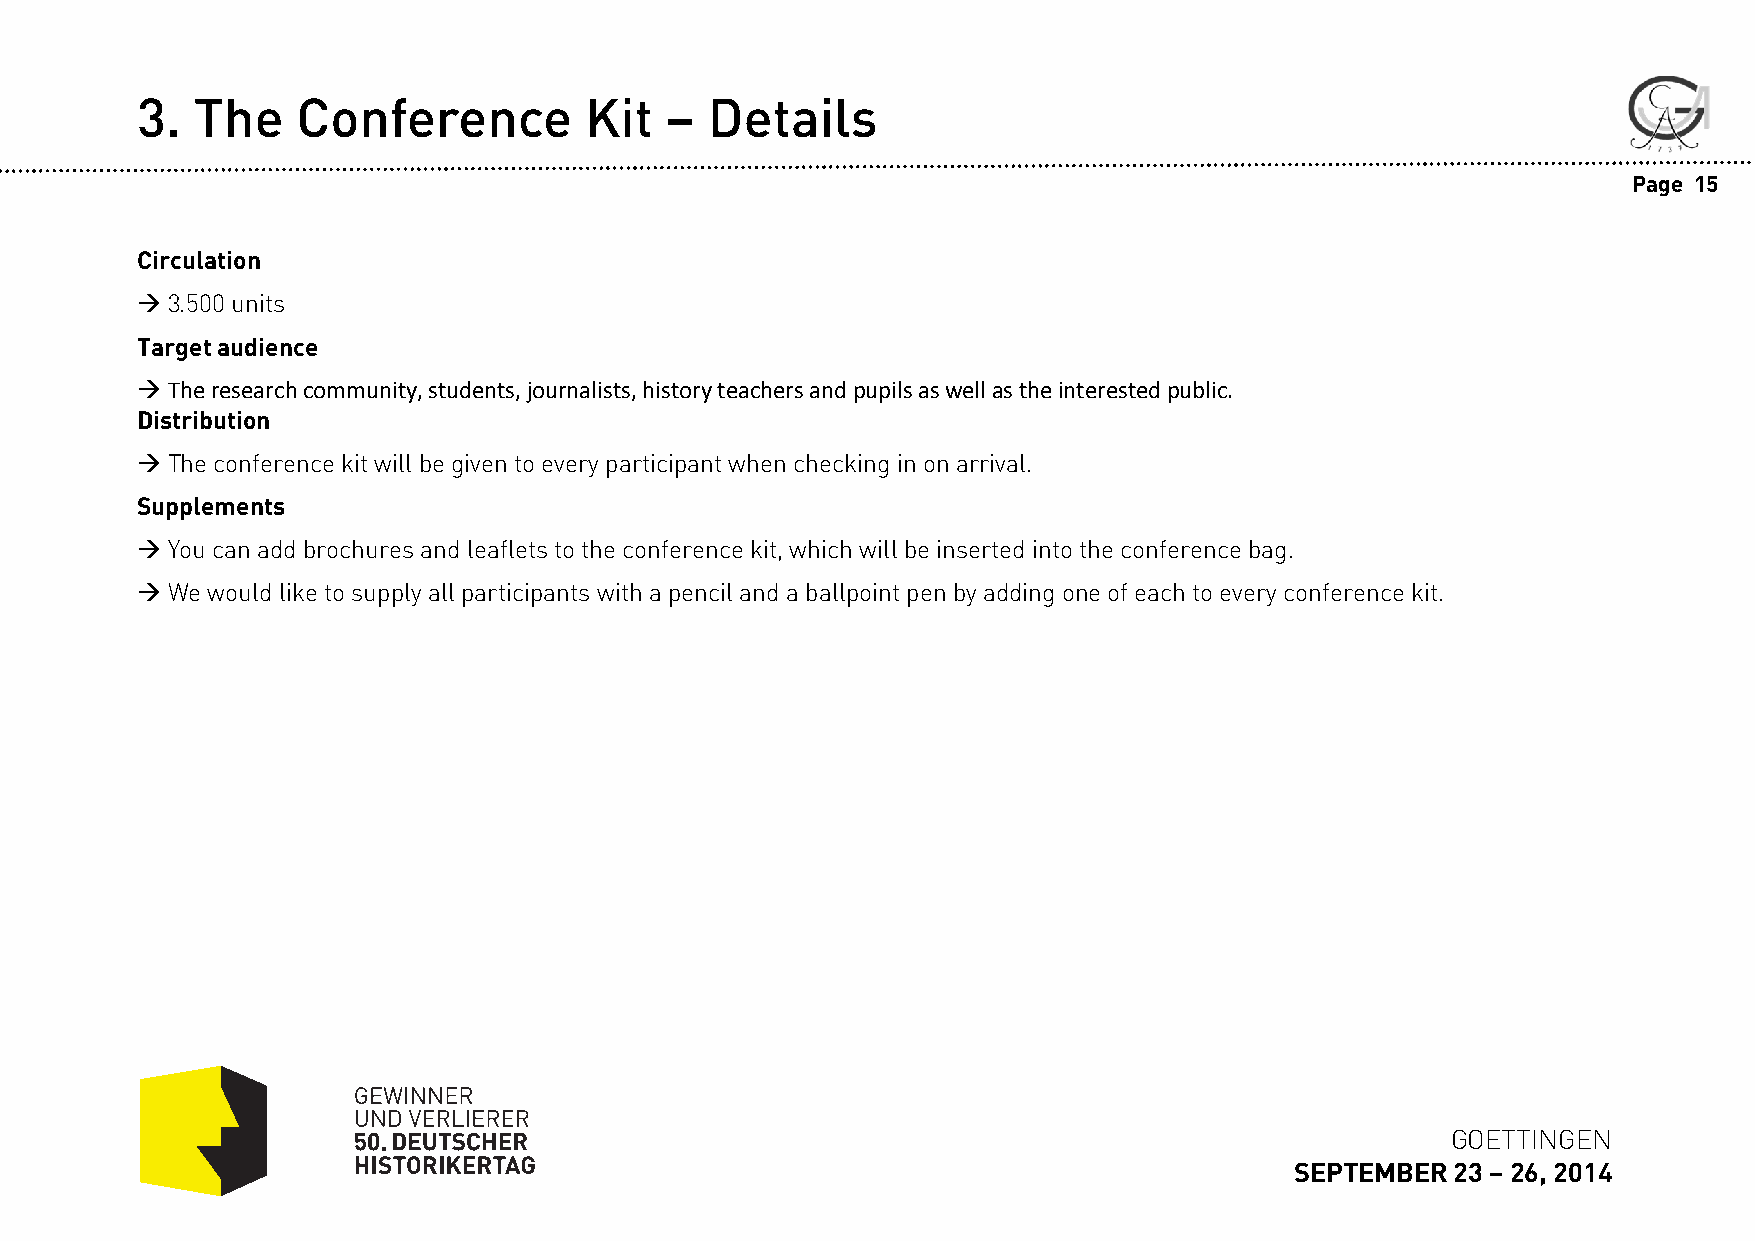
3.  The    Conference         Kit  –  Details
 Page 15
 Circulation
 3.500 units
 Target audience
 The research community, students, journalists, history teachers and pupils as well as the interested public.
 Distribution
 The conferencekit will begiven toeveryparticipant whencheckingin on arrival.
 Supplements
 Youcanadd brochuresandleafletstotheconferencekit, whichwill be insertedintothe conferencebag.
 Wewouldliketosupplyall participants with a pencilanda ballpointpenby adding oneofeachtoeveryconferencekit.
 GOETTINGEN
 SEPTEMBER 23 –26, 2014